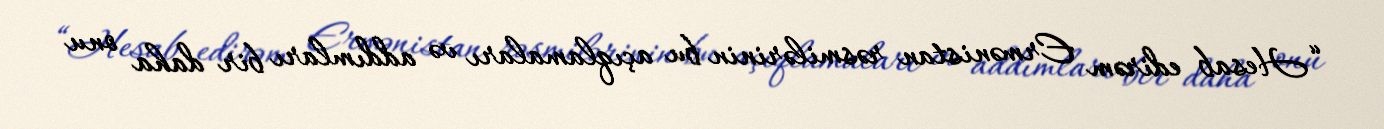
“Hesab edirəm Ermənistan rəsmilərinin bu açıqlamaları və addımları bir daha onu